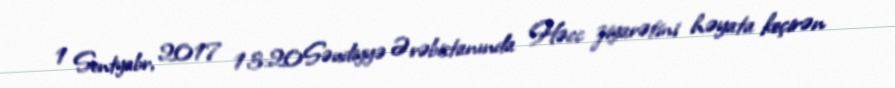
1 Sentyabr, 2017 13:20Səudiyyə Ərəbistanında Həcc ziyarətini həyata keçirən